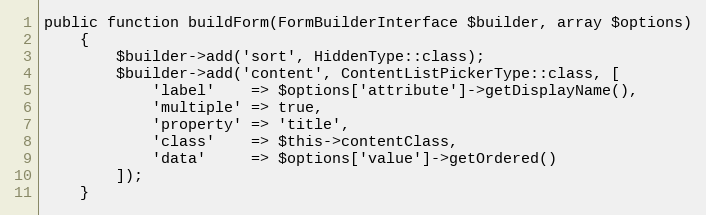
Language: PHP
public function buildForm(FormBuilderInterface $builder, array $options)
    {
        $builder->add('sort', HiddenType::class);
        $builder->add('content', ContentListPickerType::class, [
            'label'    => $options['attribute']->getDisplayName(),
            'multiple' => true,
            'property' => 'title',
            'class'    => $this->contentClass,
            'data'     => $options['value']->getOrdered()
        ]);
    }